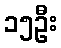
၁၅ဦး